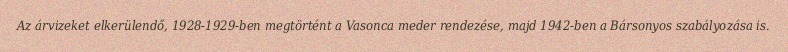
Az árvizeket elkerülendő, 1928-1929-ben megtörtént a Vasonca meder rendezése, majd 1942-ben a Bársonyos szabályozása is.